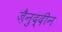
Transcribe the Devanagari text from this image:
ज़ैनुद्दीन